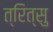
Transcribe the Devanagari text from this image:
त्रित्सु